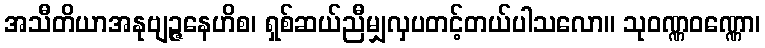
အသီတိယာအနုဗျဉ္ဇနေဟိစ၊ ရှစ်ဆယ်ညီမျှလှပတင့်တယ်ပါသလော။ သုဝဏ္ဏဝဏ္ဏော၊